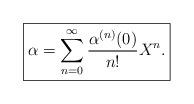
LaTeX: \begin{align*}\boxed{\alpha=\sum_{n=0}^\infty\frac{\alpha^{(n)}(0)}{n!}X^n.}\end{align*}